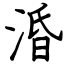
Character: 涽